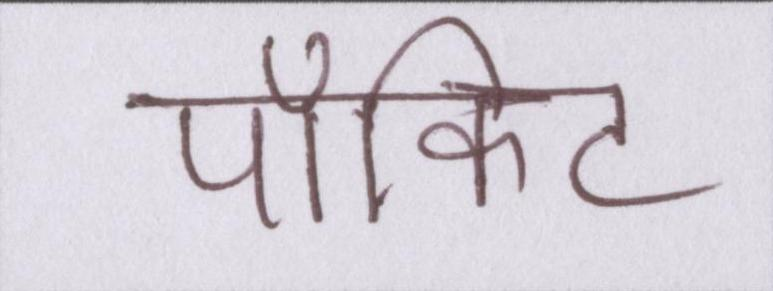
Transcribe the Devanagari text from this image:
पॉकिट